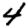
Digit: 4